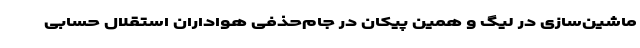
ماشین‌سازی در لیگ و همین پیکان در جام‌حذفی هواداران استقلال حسابی